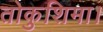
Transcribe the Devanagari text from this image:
तोकुशिमा।